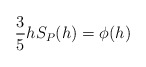
\begin{align*} \begin{aligned}\frac{3}{5}hS_P(h)&=\phi(h)\\ \end{aligned} \end{align*}